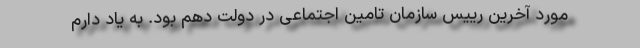
مورد آخرین رییس سازمان تامین اجتماعی در دولت دهم بود. به یاد دارم